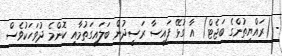
- (ރައްޔިތުންގެ ބަޖެޓް) އާ ގުޅޭ ފައިސާ ރަސީދުން ބަލައިގަތުމާއި ކޮންމެ ދުވަހަކުވެސް